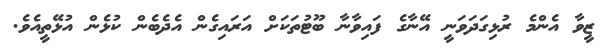
ޒީވާ އެންމެ ރުޅިގަދަވަނީ އޭނާގެ ފައިވާނާ ބޫޓުތަކަށް އަރައިގެން އެދެބެން ކުޅެން އުޅޭތީއެވެ.